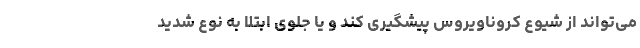
می‌تواند از شیوع کروناویروس پیشگیری کند و یا جلوی ابتلا به نوع شدید